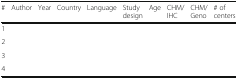
| # | Author | Year | Country | Language | Study design | Age | CHM/IHC | CHM/Geno | # of centers |
 | --- | --- | --- | --- | --- | --- | --- | --- | --- | --- |
 | 1 |  |  |  |  |  |  |  |  |  |
 | 2 |  |  |  |  |  |  |  |  |  |
 | 3 |  |  |  |  |  |  |  |  |  |
 | 4 |  |  |  |  |  |  |  |  |  |